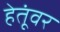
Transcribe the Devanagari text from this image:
हेतूंवर